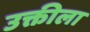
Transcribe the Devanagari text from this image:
उक्तीला